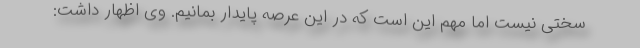
سختی نیست اما مهم این است که در این عرصه پایدار بمانیم. وی اظهار داشت: